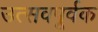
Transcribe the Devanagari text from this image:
उत्सवपूर्वक